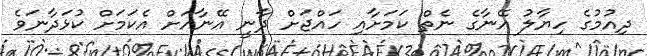
ދިއުމުގެ ހިޔާލު އޭނާގެ ނެތް ކަމަށާއި ހައްޖަށް ދާނީ އޭނާއަށް އެކަމަށް ކުޅަދާނަވެ